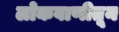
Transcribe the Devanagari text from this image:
लोकवाणीतून